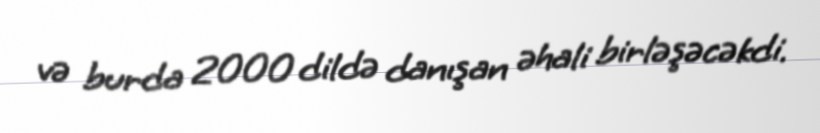
və burda 2000 dildə danışan əhali birləşəcəkdi.